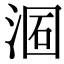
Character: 𣶦